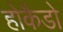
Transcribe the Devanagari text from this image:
होकैडो